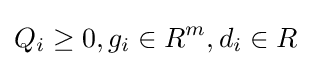
Q_{i}\geq 0,g_{i}\in R^{m},d_{i}\in R